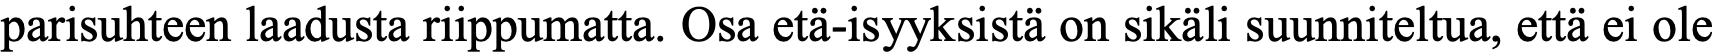
parisuhteen laadusta riippumatta. Osa etä-isyyksistä on sikäli suunniteltua, että ei ole